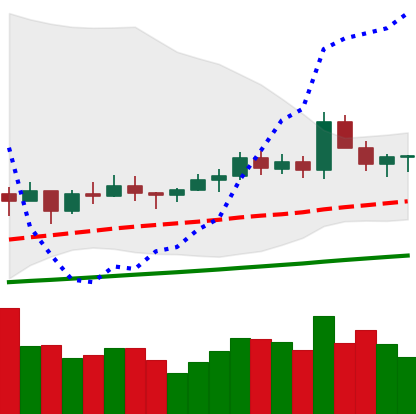
Ticker: ETC-USD
Chart end date: 2021-03-17
Forward return: -5.876%
Label: down_5_7